Indian journal of veterinary science and animal husbandry - Volumes 22-23, 1952-1953
Year: 1952
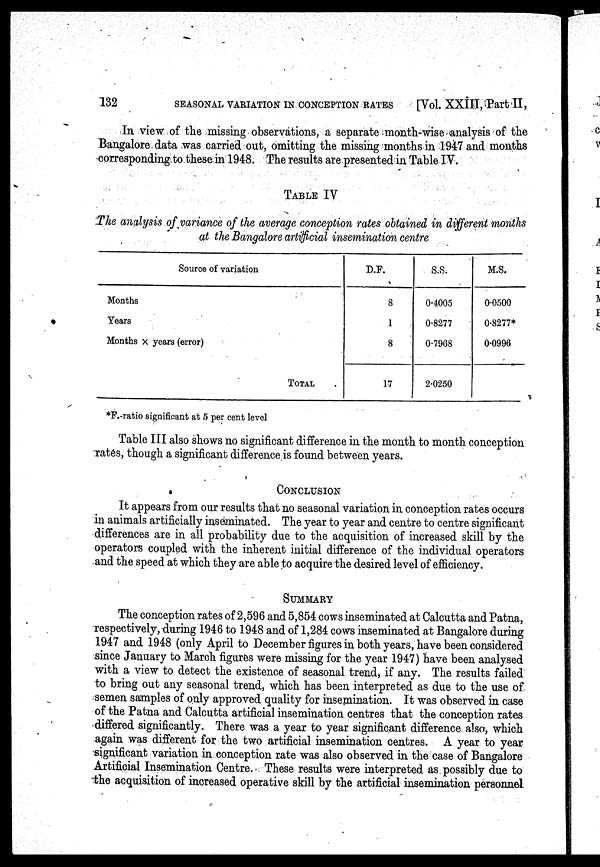
132
SEASONAL VARIATION IN CONCEPTION RATES
[Vol. XXIII, Part II,
In view of the missing observations, a separate month-wise analysis of the
Bangalore data was carried out, omitting the missing months in 1947 and months
corresponding to these in 1948. The results are presented in Table IV.
TABLE IV
The analysis of variance of the average conception rates obtained in different months
at the Bangalore artificial insemination centre
Source of variation
Months
Years
Months X years (error)
TOTAL
D.F.
8
1
8
17
S.S.
0.4005
0.8277
0.7968
2.0250
M.S.
0.0500
0.8277*
0.0996
*F.-ratio significant at 5 per cent level
Table III also shows no significant difference in the month to month conception
rates, though a significant difference,is found between years.
CONCLUSION
It appears from our results that no seasonal variation in conception rates occurs
in animals artificially inseminated. The year to year and centre to centre significant
differences are in all probability due to the acquisition of increased skill by the
operators coupled with the inherent initial difference of the individual operators
and the speed at which they are able to acquire the desired level of efficiency.
SUMMARY
The conception rates of 2,596 and 5,854 cows inseminated at Calcutta and Patna,
respectively, during 1946 to 1948 and of 1,284 cows inseminated at Bangalore during
1947 and 1948 (only April to December figures in both years, have been considered
since January to March figures were missing for the year 1947) have been analysed
with a view to detect the existence of seasonal trend, if any. The results failed
to bring out any seasonal trend, which has been interpreted as due to the use of
semen samples of only approved quality for insemination. It was observed in case
of the Patna and Calcutta artificial insemination centres that the conception rates
differed significantly. There was a year to year significant difference also, which
again was different for the two artificial insemination centres. A year to year
significant variation in conception rate was also observed in the case of Bangalore
Artificial Insemination Centre. These results were interpreted as possibly due to
the acquisition of increased operative skill by the artificial insemination personnel